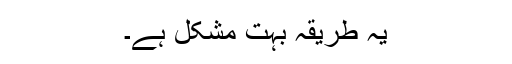
یہ طریقہ بہت مشکل ہے۔